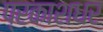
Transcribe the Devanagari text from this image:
प्रकाशधर